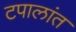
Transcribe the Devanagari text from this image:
टपालांत